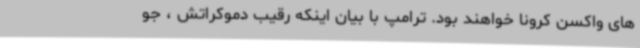
های واکسن کرونا خواهند بود. ترامپ با بیان اینکه رقیب دموکراتش ، جو